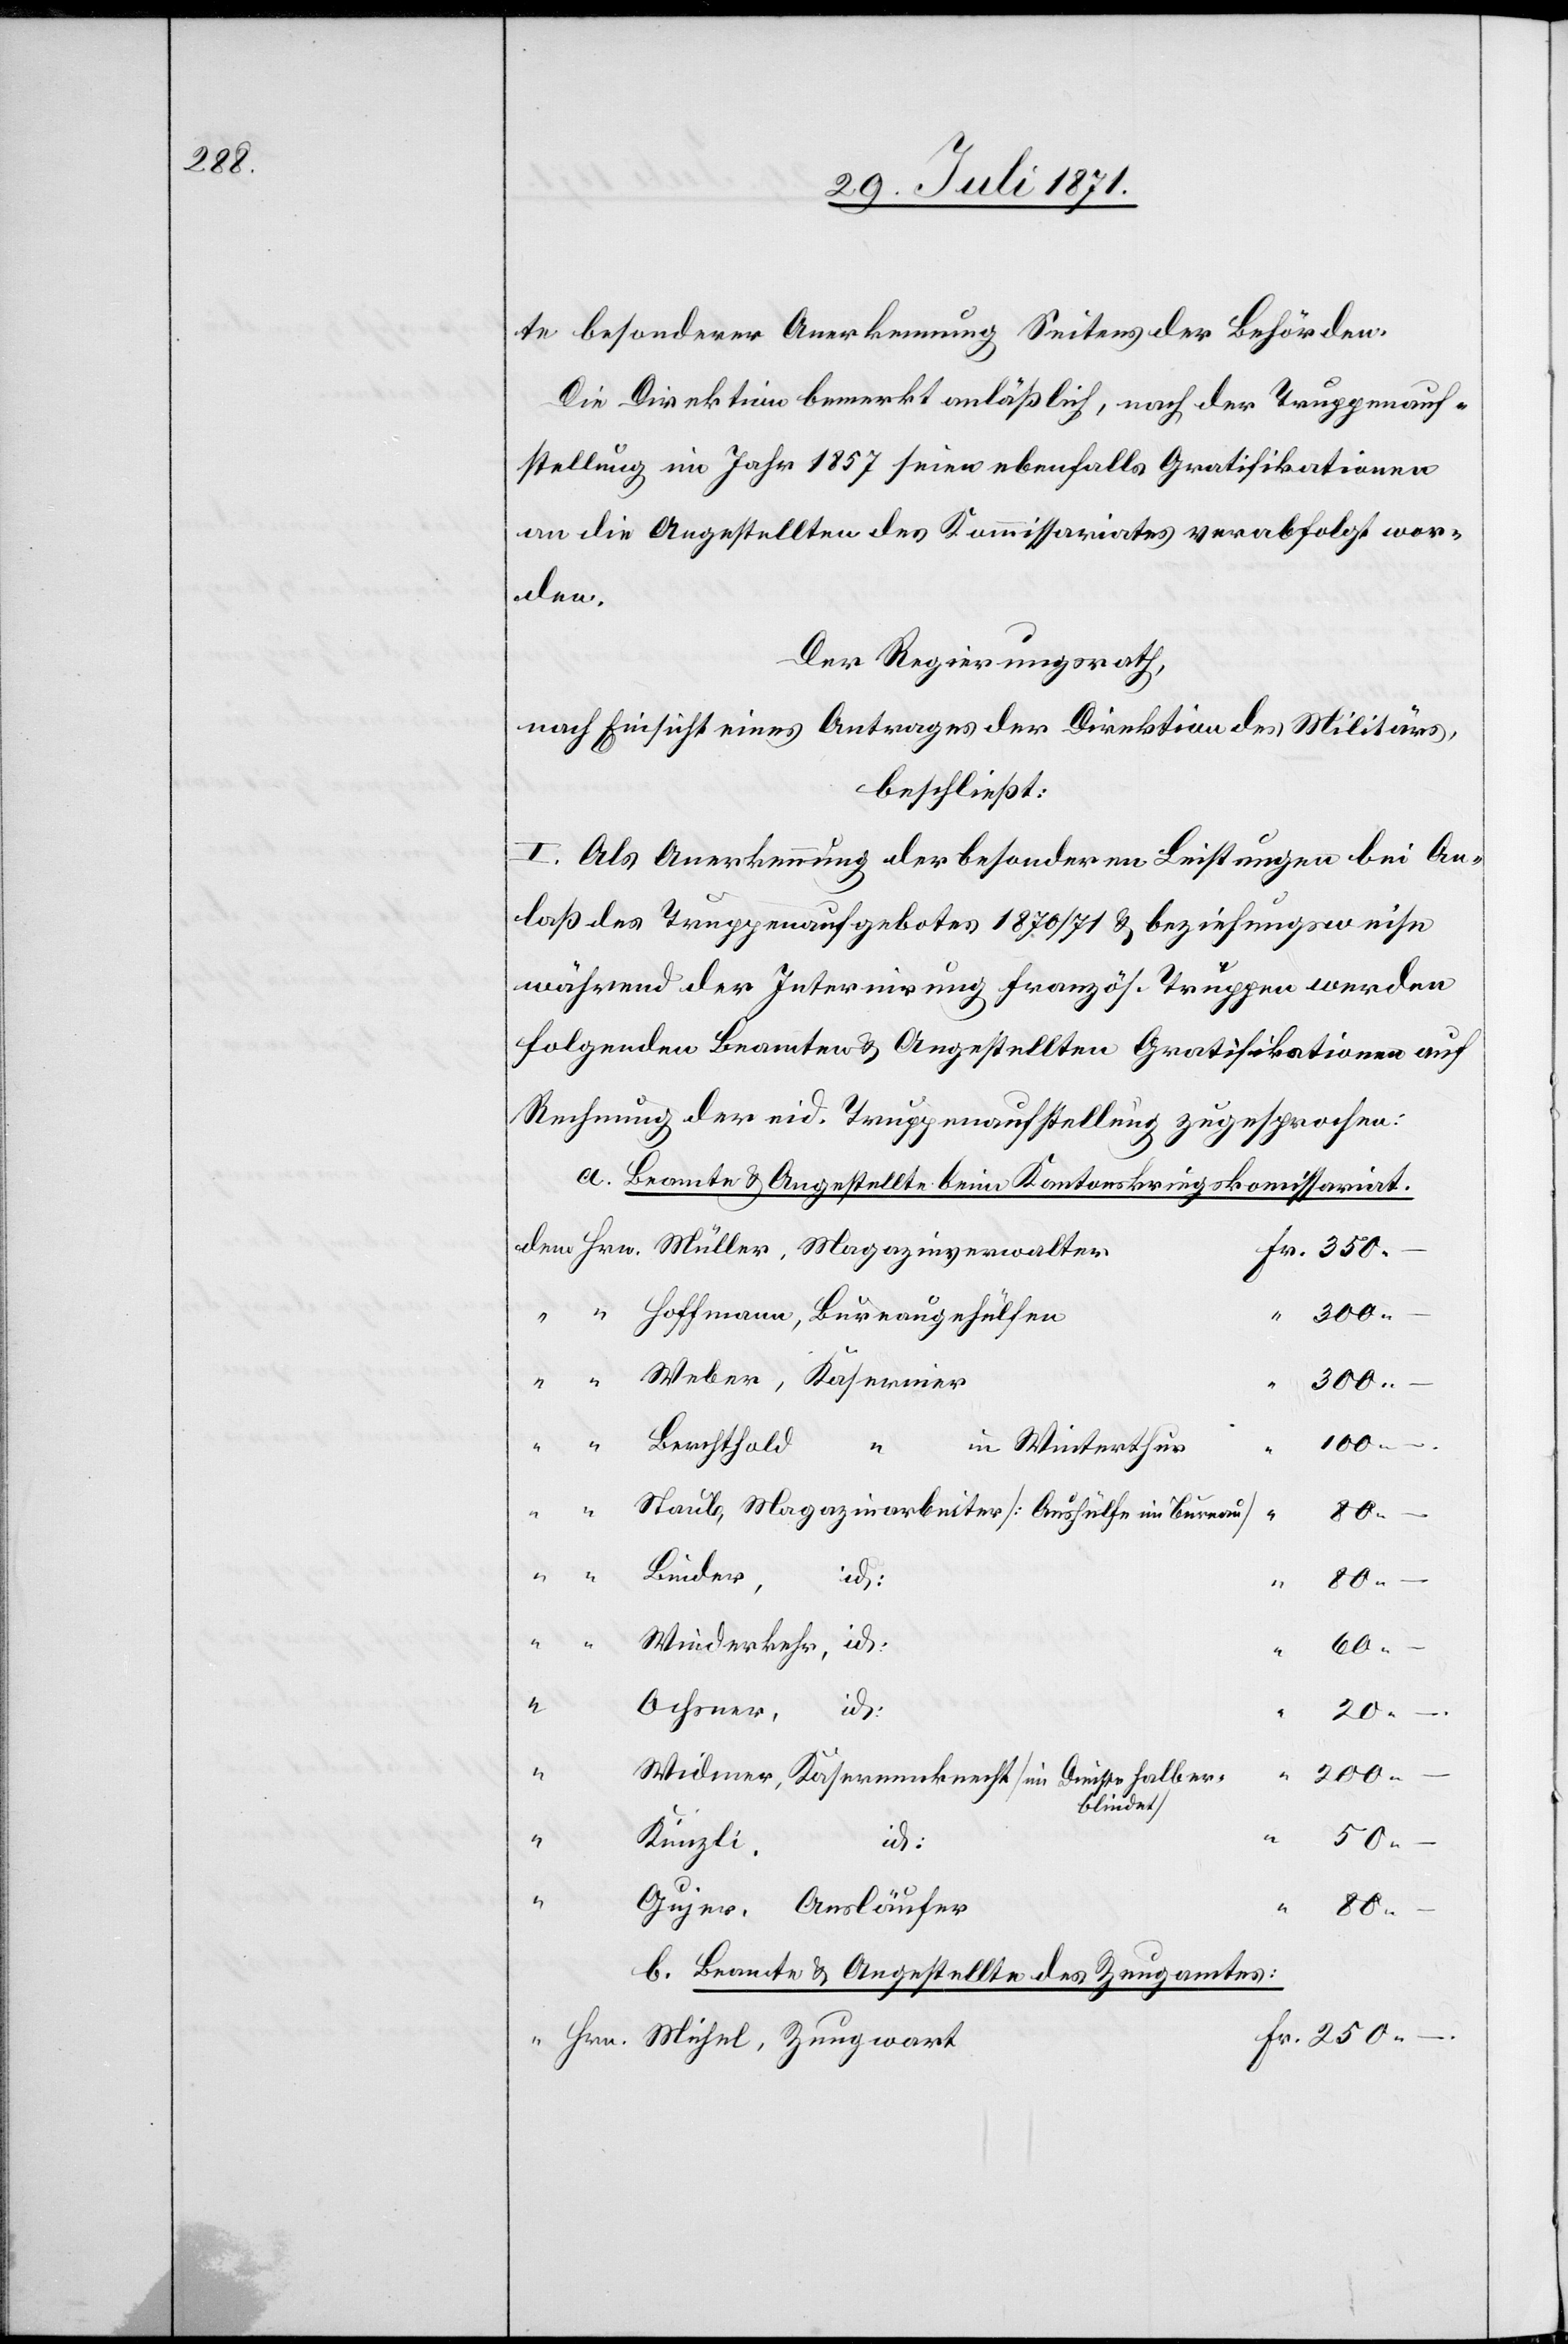
te besonderer Anerkennung Seitens der Behörden.
Die Direktion bemerkt anläßlich, nach der Truppenauf¬
stellung im Jahr 1857 seien ebenfalls Gratifikationen
an die Angestellten des Kommissariates verabfolgt wor¬
den.
Der Regierungsrath,
nach Einsicht eines Antrages der Direktion des Militärs,
beschließt:
I. Als Anerkennung der besonderen Leistungen bei An¬
laß des Truppenaufgebotes 1870/71 u. beziehungswiese
während der Internirung französ. Truppen werden
folgenden Beamten u. Angestellten Gratifikationen auf
Rechnung der eid. Truppenaufstellung zugesprochen.
a. Beamte u. Angestellte beim Kantonskriegskomissariat.
300.–
Hoffmann, Bureaugehülfen
Weber, Kasernier
250.–
Berchtold “ in Winterthur
Hrn.
Staub, Magazinarbeiter [Aushülfe im Bureau]
80.–
Linder,
id.
80.–
“
“
Wiederkehr, id.
Ochsner, id.
“
20.–
Widmer, Kasernenknecht [im Dienste halb er¬
blindet]
“
dem
“
Künzli,
Fr.
“
50.–
Gujer, Ausläufer
“
b. Beamte u. Angestellte des Zeugamtes: